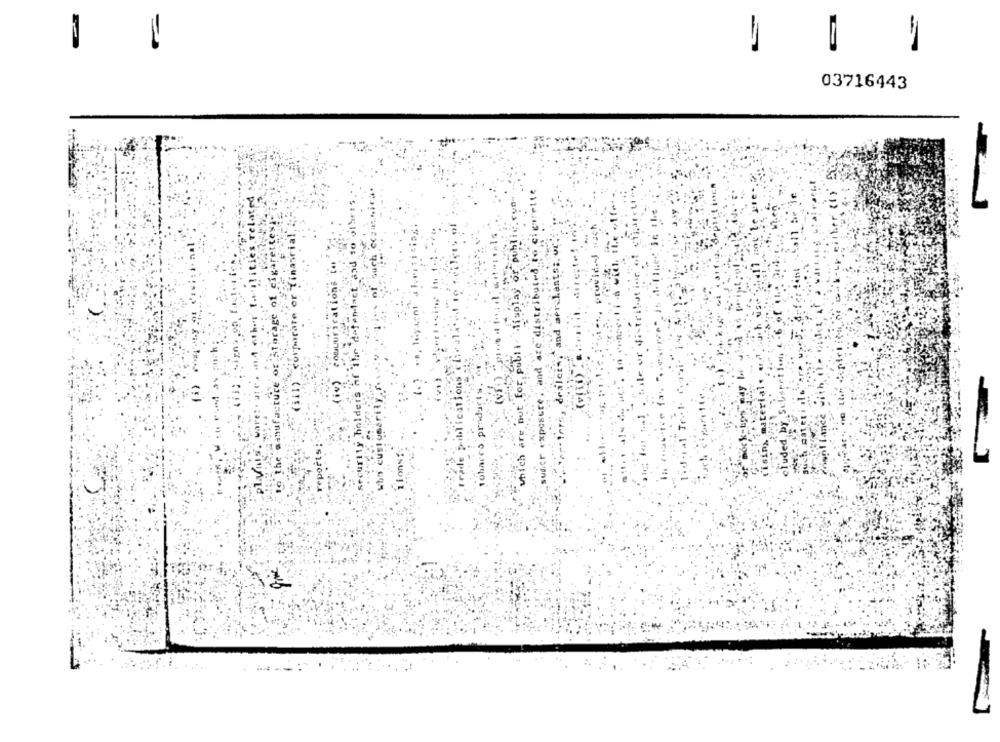
03716443
e distributed, to ciguette
(alities related
curity holders af ihr defendant and to ofarts
- Misplay or public.run-
of cigarettes;
e or tinaarial,
Nach
provideJ
(iv) comuurications to
and aerchat
.For,
(viii)
.customarily.r.
Publication
S. products
plynis, ware:
:19 the manufa:
Juch Rat
cluded,
report
pour
AT.